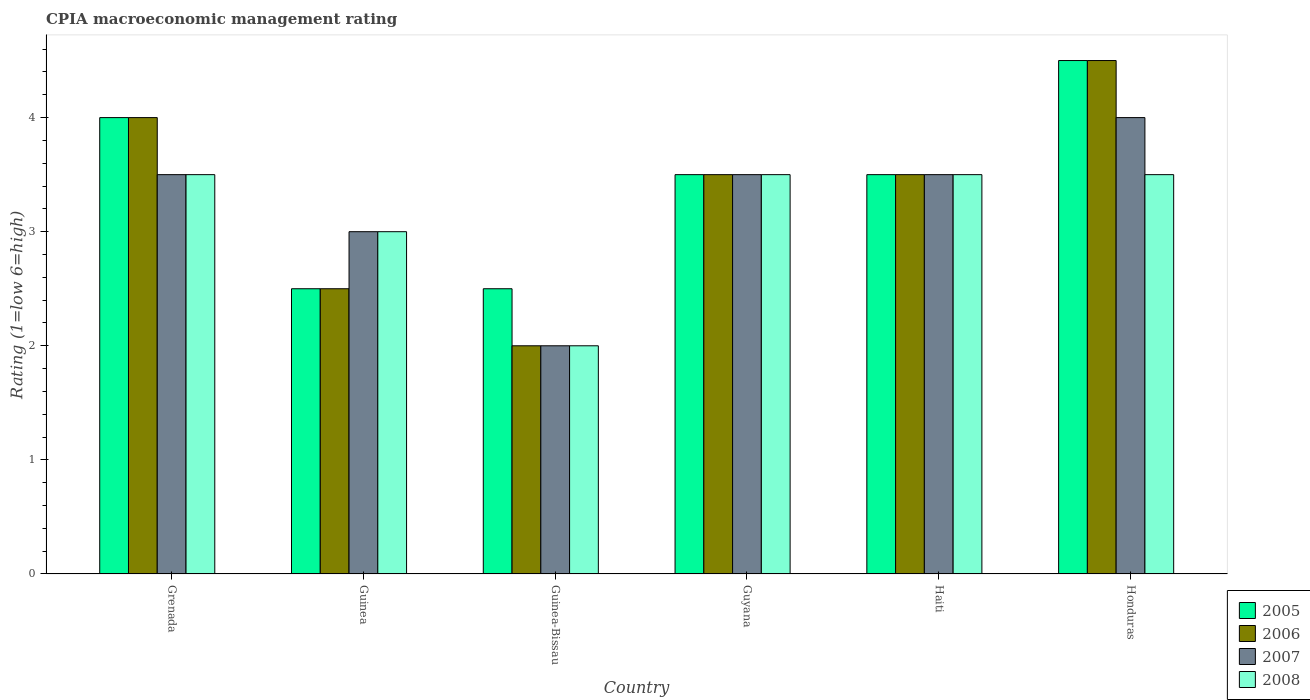
| Country | 2005 | 2006 | 2007 | 2008 |
 | --- | --- | --- | --- | --- |
 | Grenada | 4 | 4 | 3.5 | 3.5 |
 | Guinea | 2.5 | 2.5 | 3 | 3 |
 | Guinea-Bissau | 2.5 | 2 | 2 | 2 |
 | Guyana | 3.5 | 3.5 | 3.5 | 3.5 |
 | Haiti | 3.5 | 3.5 | 3.5 | 3.5 |
 | Honduras | 4.5 | 4.5 | 4 | 3.5 |